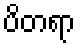
ပိတရာ